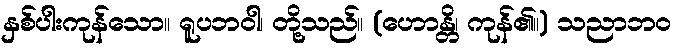
နှစ်ပါးကုန်သော။ ရူပဘဝါ၊ တို့သည်။ (ဟောန္တိ၊ ကုန်၏။) သညာဘဝ